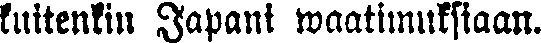
kuitenkin Japani waatimuksiaan.